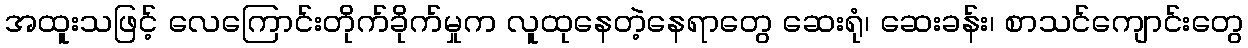
အထူးသဖြင့် လေကြောင်းတိုက်ခိုက်မှုက လူထုနေတဲ့နေရာတွေ ဆေးရုံ၊ ဆေးခန်း၊ စာသင်ကျောင်းတွေ